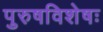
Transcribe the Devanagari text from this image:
पुरुषविशेषः